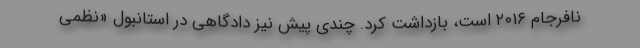
نافرجام ۲۰۱۶ است، بازداشت کرد. چندی پیش نیز دادگاهی در استانبول «نظمی